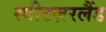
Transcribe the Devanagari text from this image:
स्वीटज़रलैंड